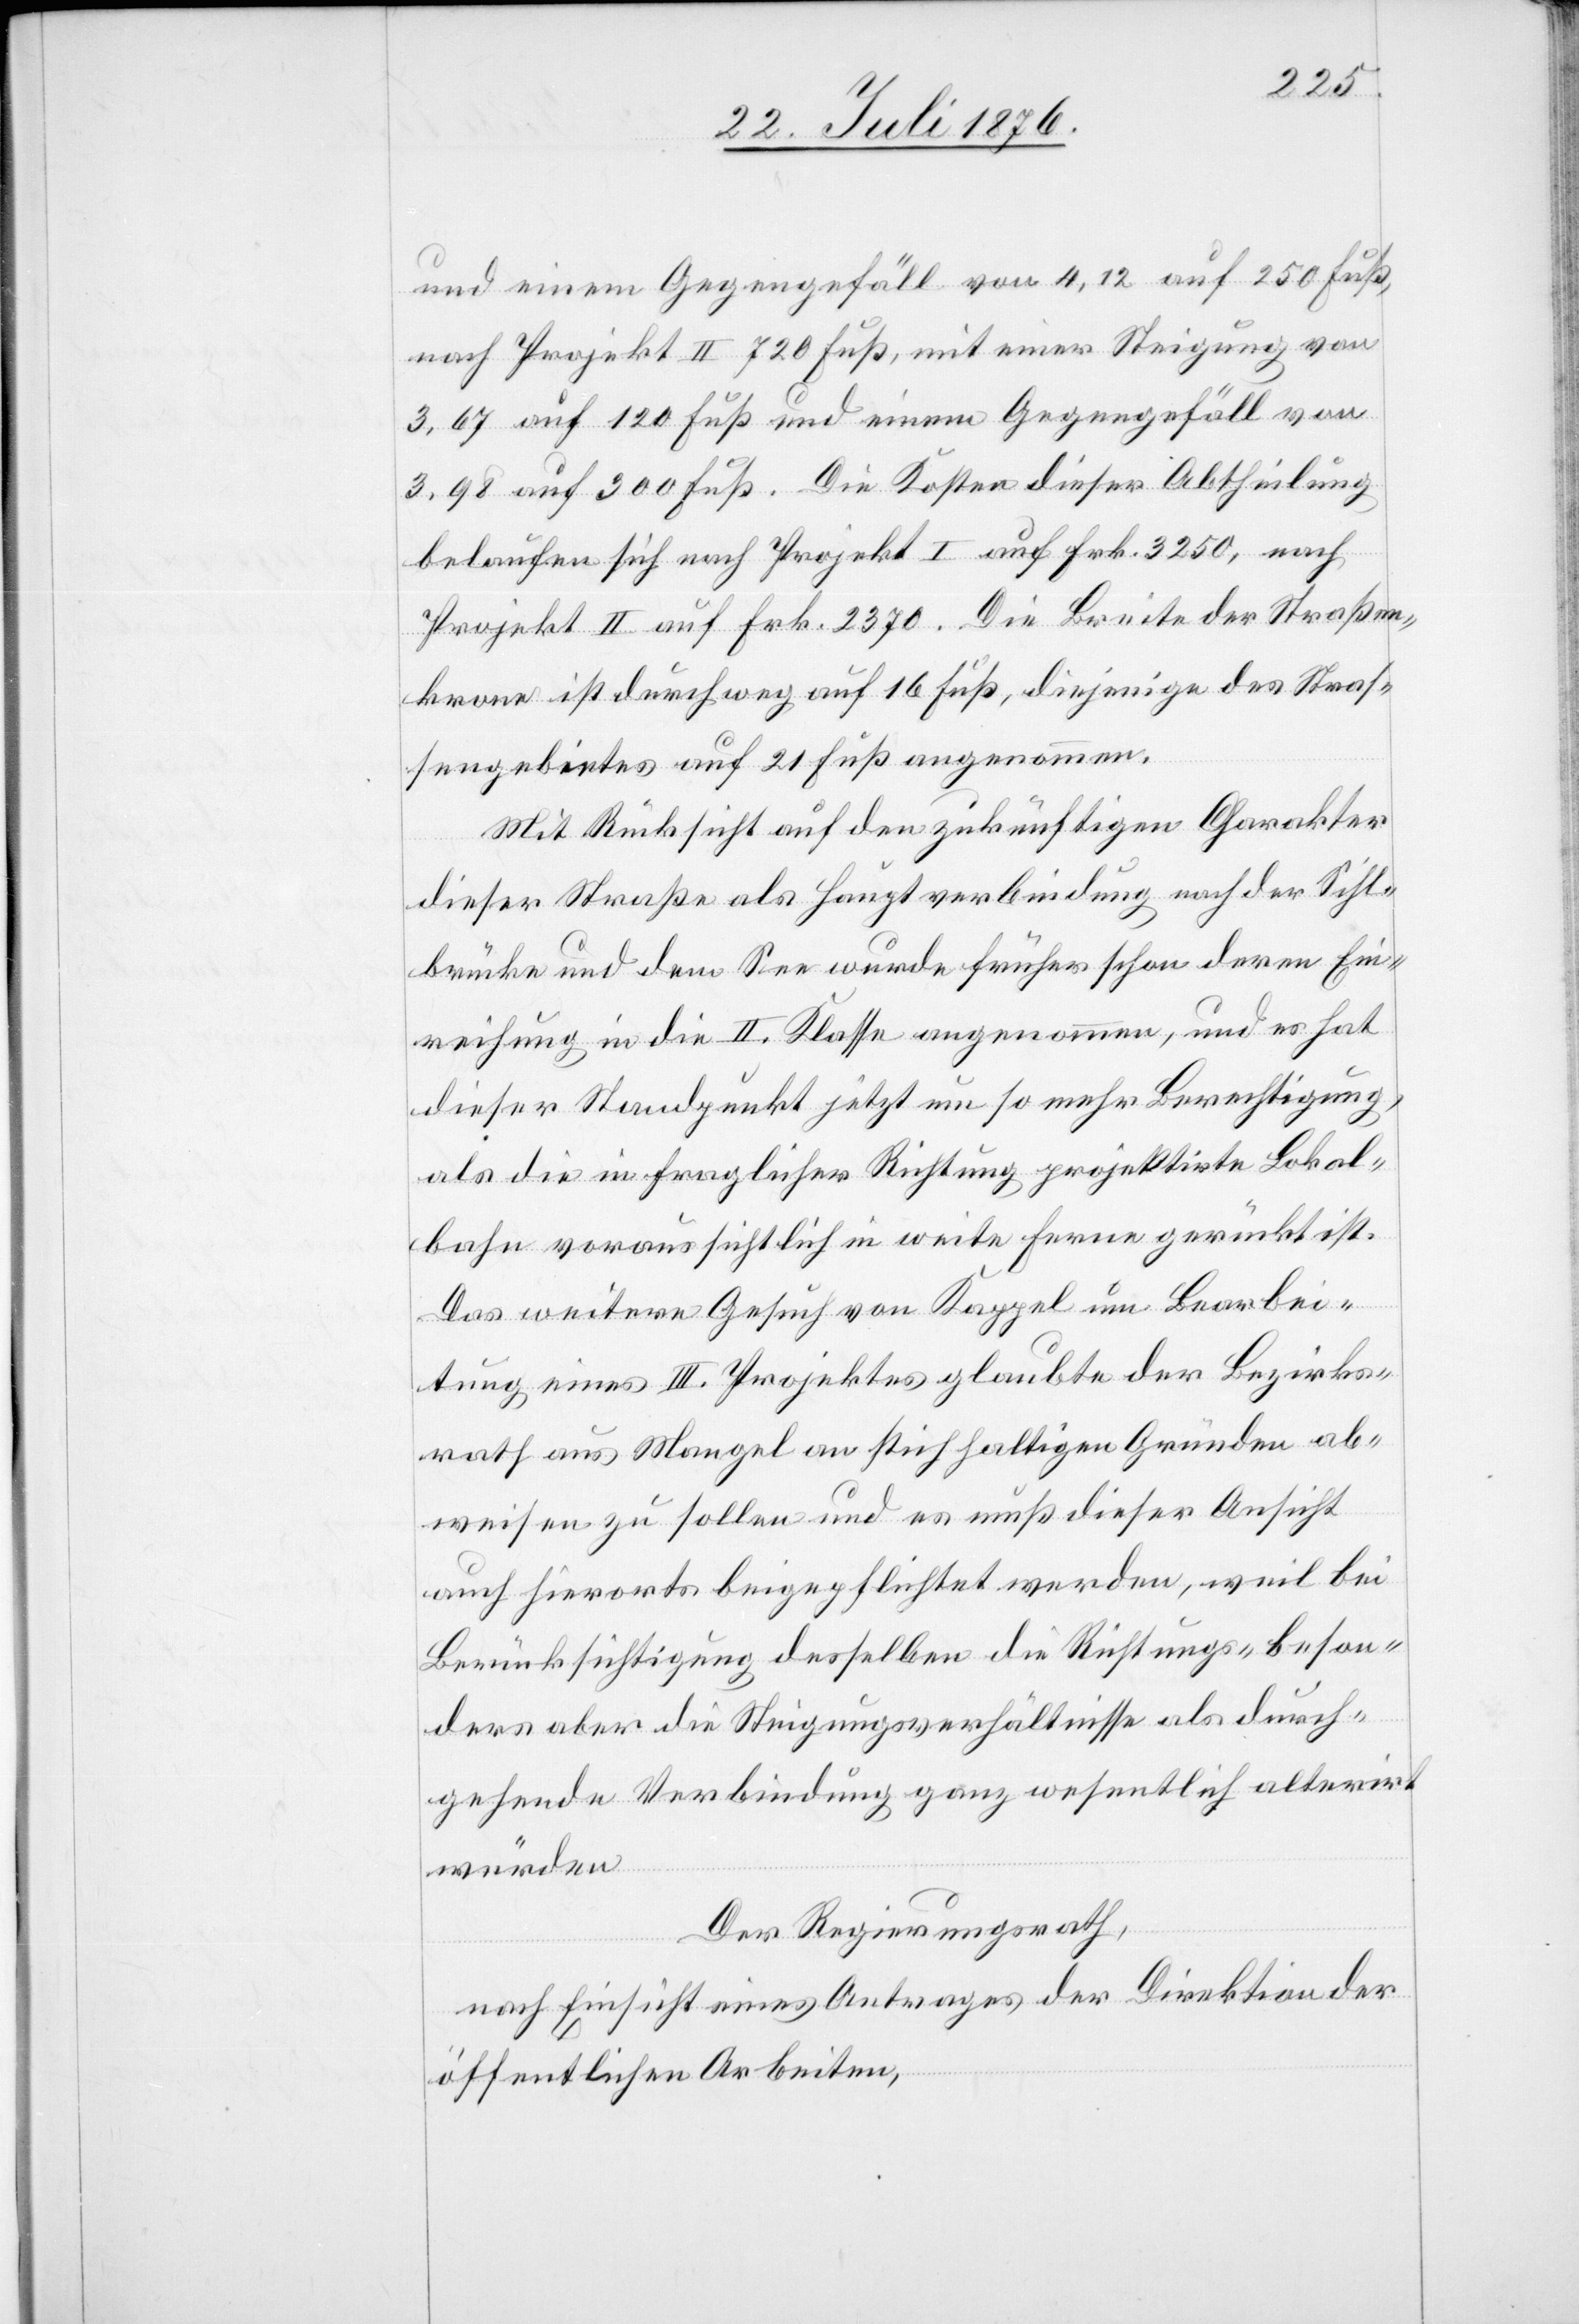
und einem Gegengefäll von 4,12 auf 250 Fuß,
nach Projekt II 720 Fuß, mit einer Steigung von
3,67 auf 120 Fuß und einem Gegengefäll von
3,98 auf 300 Fuß. Die Kosten dieser Abtheilung
belaufen sich nach Projekt I auf Frk. 3250, nach
Projekt II. auf Frk. 2370. Die Breite der Straßen¬
krone ist durchweg auf 16 Fuß, diejenige des Straß¬
engebietes auf 21 Fuß angenommen.
Mit Rücksicht auf den zukünftigen Charakter
dieser Straße als Hauptverbindung nach der Sihl¬
brücke und dem See wurde früher schon deren Ein¬
reichung in die II. Klasse angenommen, und es hat
dieser Standpunkt jetzt um so mehr Berechtigung,
als die in fraglicher Richtung projektirte Lokal¬
bahn voraussichtlich in weite Ferne gerückt ist.
Das weitere Gesuch von Kappel um Bearbei¬
tung eines III. Projektes glaubte der Bezirks¬
rath aus Mangel an stichhaltigen Gründen ab¬
weisen zu sollen und es muß dieser Ansicht
auch hierorts beigepflichtet werden, weil bei
Berücksichtigung desselben die Richtungs- beson¬
ders aber die Steigungsverhältnisse als durch¬
gehende Verbindung ganz wesentlich alterirt
würden.
Der Regierungsrath,
nach Einsicht eines Antrages der Direktion der
öffentlichen Arbeiten,